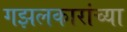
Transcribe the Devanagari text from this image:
गझलकारांच्या